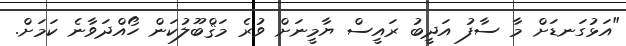
"އަޅުގަނޑަށް މާ ސާފު އަދީބު ރައީސް ޔާމީނަށް ވުރެ މަޤްބޫލުކަން ހޯއްދަވާނެ ކަމަށް.